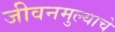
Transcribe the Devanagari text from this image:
जीवनमुल्याचे